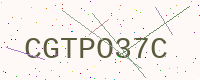
Text: CGTPO37C